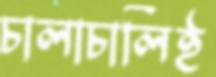
চালাচালিই